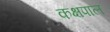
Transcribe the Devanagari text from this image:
कक्षपाल